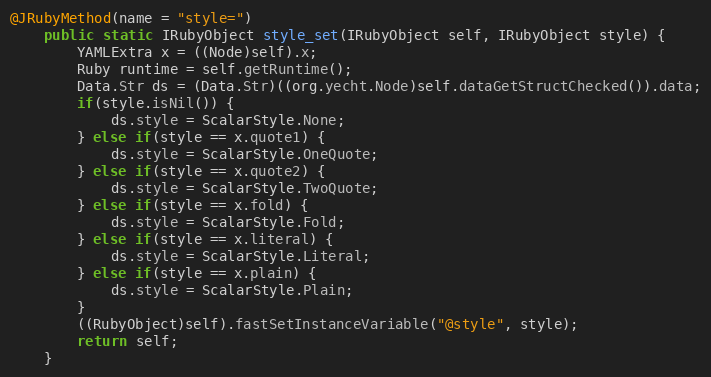
Language: Java
@JRubyMethod(name = "style=")
    public static IRubyObject style_set(IRubyObject self, IRubyObject style) {
        YAMLExtra x = ((Node)self).x;
        Ruby runtime = self.getRuntime();
        Data.Str ds = (Data.Str)((org.yecht.Node)self.dataGetStructChecked()).data;
        if(style.isNil()) {
            ds.style = ScalarStyle.None;
        } else if(style == x.quote1) {
            ds.style = ScalarStyle.OneQuote;
        } else if(style == x.quote2) {
            ds.style = ScalarStyle.TwoQuote;
        } else if(style == x.fold) {
            ds.style = ScalarStyle.Fold;
        } else if(style == x.literal) {
            ds.style = ScalarStyle.Literal;
        } else if(style == x.plain) {
            ds.style = ScalarStyle.Plain;
        }
        ((RubyObject)self).fastSetInstanceVariable("@style", style);
        return self;
    }